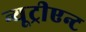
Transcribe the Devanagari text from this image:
न्यूट्रीएन्ट